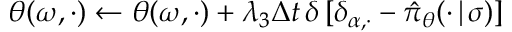
\boldsymbol { \theta } ( \omega , \cdot ) \gets \boldsymbol { \theta } ( \omega , \cdot ) + \lambda _ { 3 } \Delta t \, \delta \, [ \delta _ { \alpha , \cdot } - \hat { \pi } _ { \boldsymbol { \theta } } ( \cdot \, \vert \, \sigma ) ]